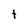
Character: t